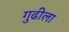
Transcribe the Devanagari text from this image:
गुढीला